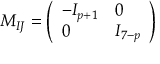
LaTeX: M _ { I J } = \left( \begin{array} { l l } { { - I _ { p + 1 } } } & { { 0 } } \\ { { 0 } } & { { I _ { 7 - p } } } \end{array} \right)